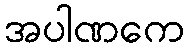
အပါဏကေ